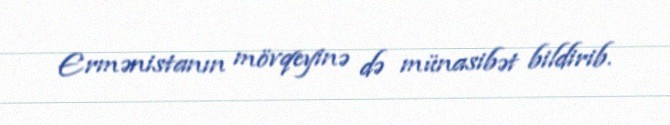
Ermənistanın mövqeyinə də münasibət bildirib.